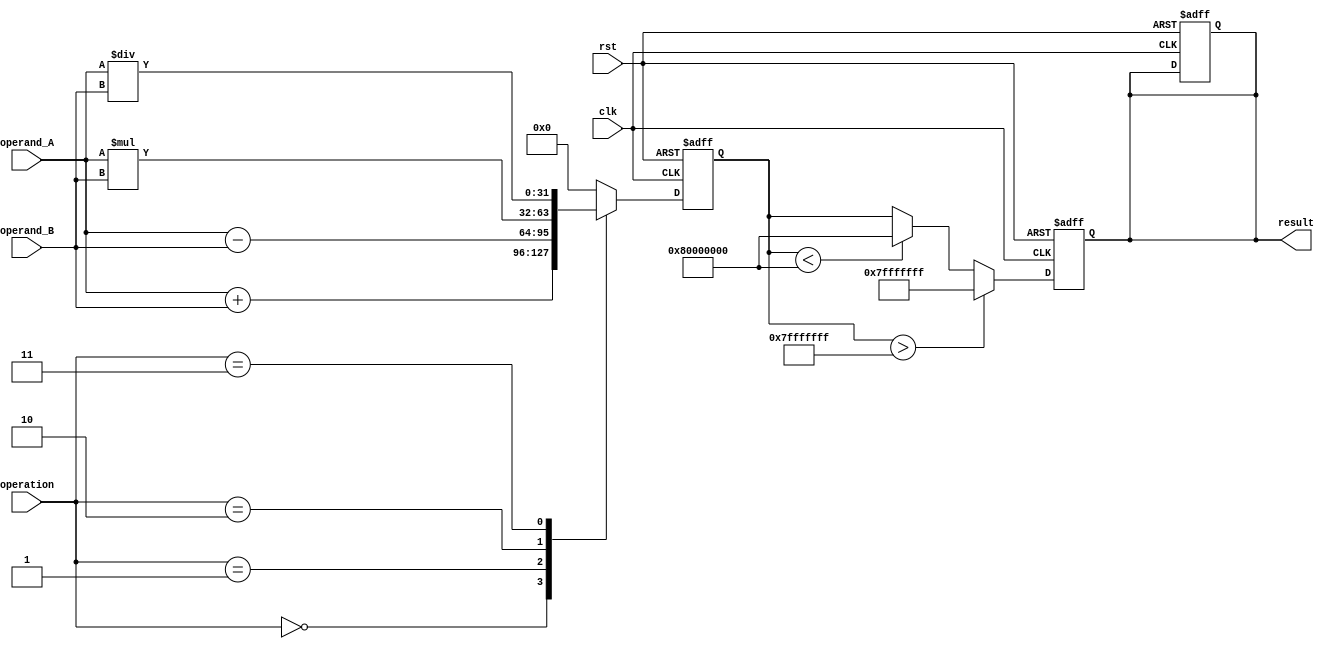
module arithmetic_unit(
    input wire clk,
    input wire rst,
    input wire [3:0] operation,
    input wire [31:0] operand_A,
    input wire [31:0] operand_B,
    output reg [31:0] result
);

reg [31:0] intermediate_result;

// Control logic to select operation
always @ (posedge clk or posedge rst)
begin
    if (rst)
    begin
        intermediate_result <= 32'h0; // Reset intermediate result
        result <= 32'h0; // Reset result
    end
    else
    begin
        case (operation)
            4'b0000: // Addition
                intermediate_result <= operand_A + operand_B;
            4'b0001: // Subtraction
                intermediate_result <= operand_A - operand_B;
            4'b0010: // Multiplication
                intermediate_result <= operand_A * operand_B;
            4'b0011: // Division
                intermediate_result <= operand_A / operand_B;
            default:
                intermediate_result <= 32'h0; // Default to 0
        endcase
    end
end

// Registers for overflow and underflow handling
always @ (posedge clk or posedge rst)
begin
    if (rst)
    begin
        result <= 32'h0; // Reset result
    end
    else
    begin
        if (intermediate_result > 32'h7FFFFFFF) // Overflow check
            result <= 32'h7FFFFFFF;
        else if (intermediate_result < -32'h80000000) // Underflow check
            result <= -32'h80000000;
        else
            result <= intermediate_result;
    end
end

endmodule